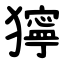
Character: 獰